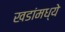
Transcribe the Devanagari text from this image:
खडांमध्ये